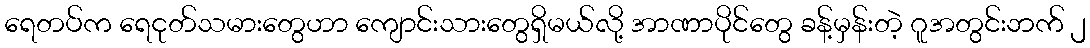
ရေတပ်က ရေငုတ်သမားတွေဟာ ကျောင်းသားတွေရှိမယ်လို့ အာဏာပိုင်တွေ ခန့်မှန်းတဲ့ ဂူအတွင်းဘက် ၂